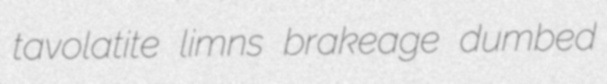
tavolatite limns brakeage dumbed